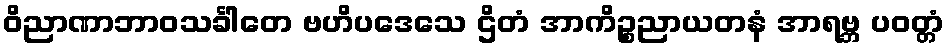
ဝိညာဏာဘာဝသင်္ခါတေ ဗဟိပဒေသေ ဌိတံ အာကိဉ္စညာယတနံ အာရဗ္ဘ ပဝတ္တံ